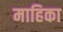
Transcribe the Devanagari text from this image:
माहिका